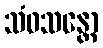
သံဝသန္တော